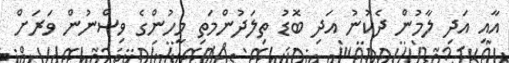
އާއި އަދި ލާމުން ދެކުނު އަދި ބޮޑު ތިލަދުންމަތި މީހުންގެ ވިސްނުން ވަރަށް